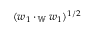
( \boldsymbol { w } _ { 1 } \cdot _ { \mathbb { W } } \boldsymbol { w } _ { 1 } ) ^ { 1 / 2 }